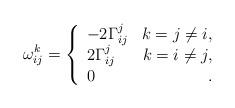
LaTeX: \begin{align*} \omega_{ij}^k=\left\{ \begin{array}{lr} -2\Gamma_{ij}^j& k=j\neq i,\\ 2\Gamma_{ij}^j& k=i\neq j,\\ 0 &\,. \end{array}\right.\end{align*}